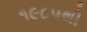
૧૯૮૫થી